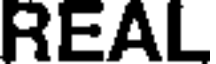
REAL